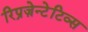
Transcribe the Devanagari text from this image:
रिप्रज़ेन्टेटिव्स